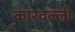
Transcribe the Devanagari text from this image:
कारवल्ली